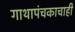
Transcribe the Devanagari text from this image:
गाथापंचकाचाही